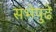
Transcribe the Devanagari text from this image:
सभेपुढे